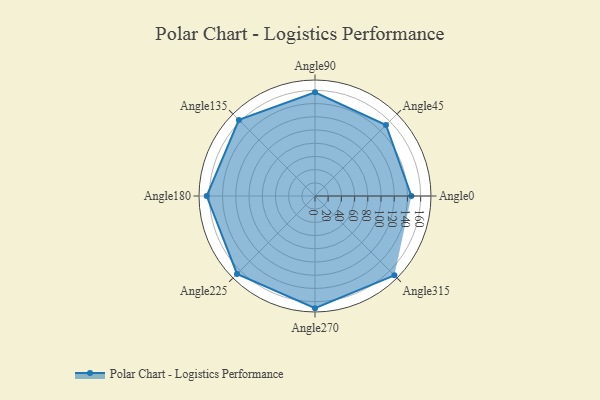
{"axis": {"x": "Angle", "y": "Radius"}, "legend": [""], "data": [{"x": "Angle0", "y": 146.0, "type": ""}, {"x": "Angle45", "y": 152.0, "type": ""}, {"x": "Angle90", "y": 157.0, "type": ""}, {"x": "Angle135", "y": 163.0, "type": ""}, {"x": "Angle180", "y": 164.0, "type": ""}, {"x": "Angle225", "y": 167.0, "type": ""}, {"x": "Angle270", "y": 170.0, "type": ""}, {"x": "Angle315", "y": 170, "type": ""}]}